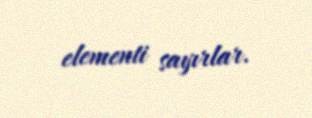
elementi sayırlar.